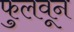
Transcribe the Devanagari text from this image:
फुलवून